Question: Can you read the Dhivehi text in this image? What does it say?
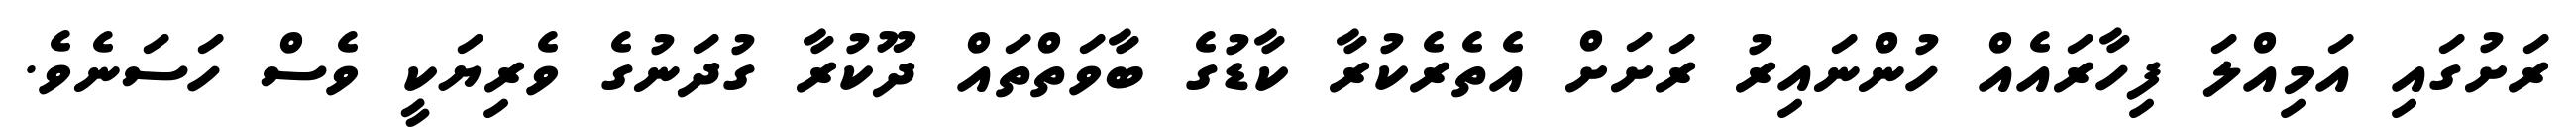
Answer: ރަށުގައި އަމިއްލަ ފިހާރައެއް ހުންނައިރު ރަށަށް އެތެރެކުރާ ކާޑުގެ ބާވަތްތައް ދޫކުރާ ގުދަނުގެ ވެރިޔަކީ ވެސް ހަސަނެވެ.